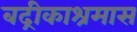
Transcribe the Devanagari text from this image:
बद्रीकाश्रमास